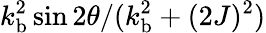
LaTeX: {k_{\mathrm{b}}^{2}\sin 2\theta}/({k_{\mathrm{b}}^{2}+(2J)^{2}})